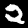
Digit: 2